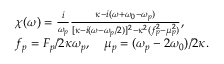
\begin{array} { r l } & { \chi ( \omega ) = \frac { i } { \omega _ { p } } \frac { \kappa - i ( \omega + \omega _ { 0 } - \omega _ { p } ) } { [ \kappa - i ( \omega - \omega _ { p } / 2 ) ] ^ { 2 } - \kappa ^ { 2 } ( f _ { p } ^ { 2 } - \mu _ { p } ^ { 2 } ) } , } \\ & { f _ { p } = F _ { p } / 2 \kappa \omega _ { p } , \quad \mu _ { p } = ( \omega _ { p } - 2 \omega _ { 0 } ) / 2 \kappa . } \end{array}